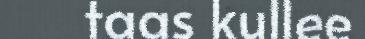
taas kullee